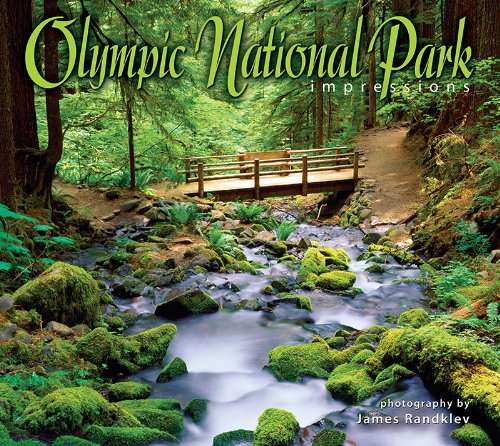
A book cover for Olympic National Park Impressions; photography by James Randklev; Travel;